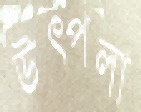
উত্পলা